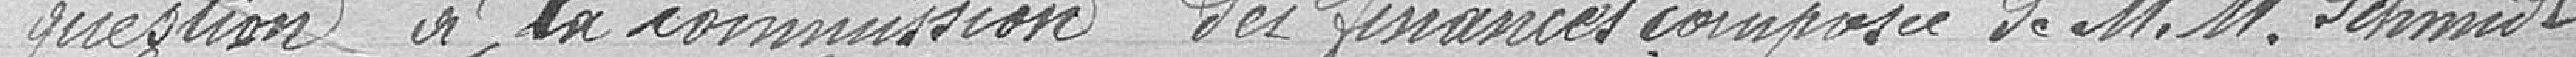
question à la commission des finances composée de messieurs Schmidt,